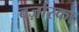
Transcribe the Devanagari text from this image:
वर्ज़ास्का